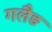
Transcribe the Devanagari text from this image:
गलैङ